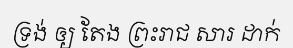
ទ្រង់ ឲ្យ តែង ព្រះរាជ សារ ដាក់